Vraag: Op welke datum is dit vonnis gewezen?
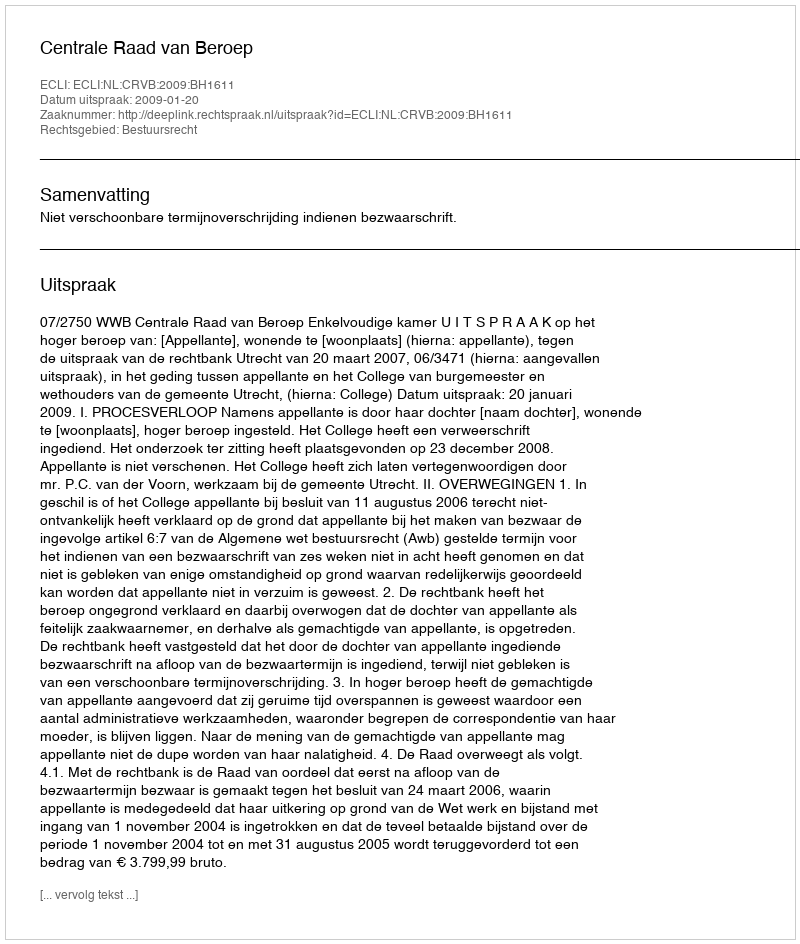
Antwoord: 2009-01-20